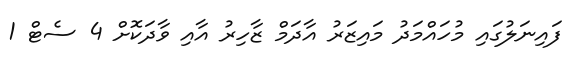
ފައިނަލުގައި މުހައްމަދު މައިޒަރު އާދަމް ޒާހިރު އާއި ވާދަކޮށް 4 ސެޓް 1